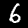
Label: 6